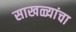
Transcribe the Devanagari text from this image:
साखळ्यांचा